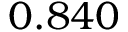
0 . 8 4 0